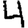
Digit: 4